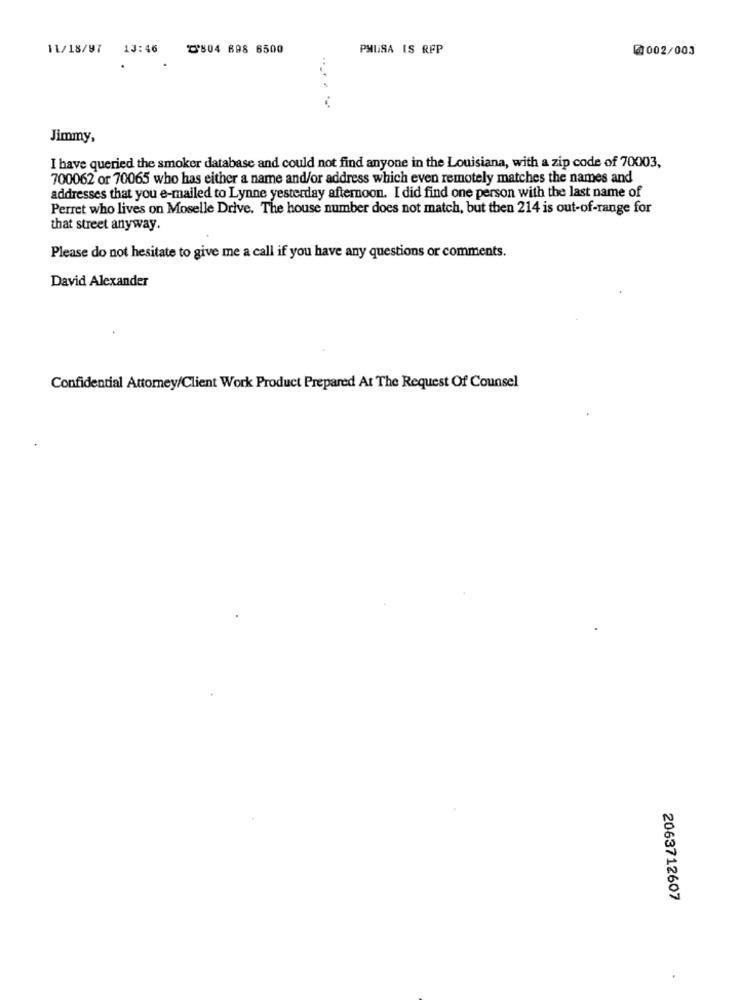
11/18/97 13:46
0804 698 6500
PMUSA IS RFP
@002/003
Jimmy,
I have queried the smoker database and could not find anyone in the Louisiana, with a zip code of 70003,
700062 or 70065 who has either a name and/or address which even remotely matches the names and
addresses that you e-mailed to Lynne yesterday afternoon. I did find one person with the last name of
Perret who lives on Moselle Drive. The house number does not match, but then 214 is out-of-range for
that street anyway.
Please do not hesitate to give me a call if you have any questions or comments.
David Alexander
Confidential Attorney/Client Work Product Prepared At The Request Of Counsel
2063712607